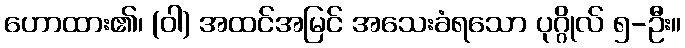
ဟောထား၏၊ (ဝါ) အထင်အမြင် အသေးခံရသော ပုဂ္ဂိုလ် ၅-ဦး။